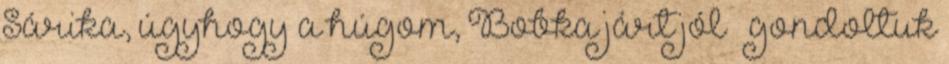
Sárika, úgyhogy a húgom, Bobka járt jól – gondoltuk